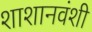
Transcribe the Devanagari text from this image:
शाशानवंशी